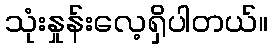
သုံးနှုန်းလေ့ရှိပါတယ်။